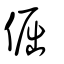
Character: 倔